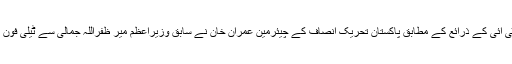
جمعرات کو پی ٹی آئی کے ذرائع کے مطابق پاکستان تحریک انصاف کے چیئرمین عمران خان نے سابق وزیراعظم میر ظفراللہ جمالی سے ٹیلی فون پر رابطہ کیاہے ۔